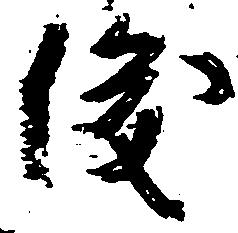
俊